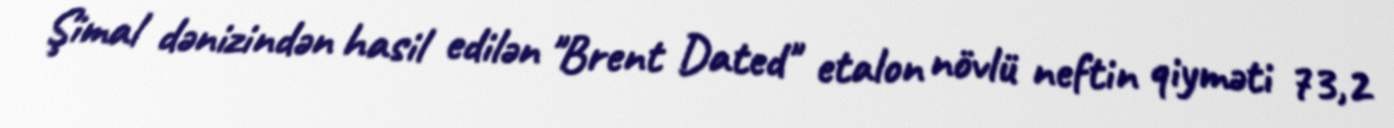
Şimal dənizindən hasil edilən "Brent Dated" etalon növlü neftin qiyməti 73,2